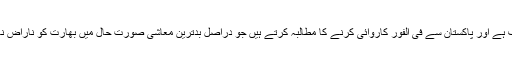
چوتھا مؤقف باقی تمام ممالک کا ہے جن کے نزدیک بھارتی موقف ہی درست مؤقف ہے اور پاکستان سے فی الفور کاروائی کرنے کا مطالبہ کرتے ہیں جو دراصل بدترین معاشی صورت حال میں بھارت کو ناراض نہ کرنے کی پالیسی ہے اور دنیا بھر میں ہماری ناکام سفارتکاری کا منہ بولتا ثبوت۔